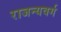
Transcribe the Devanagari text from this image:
राजन्यवर्ग